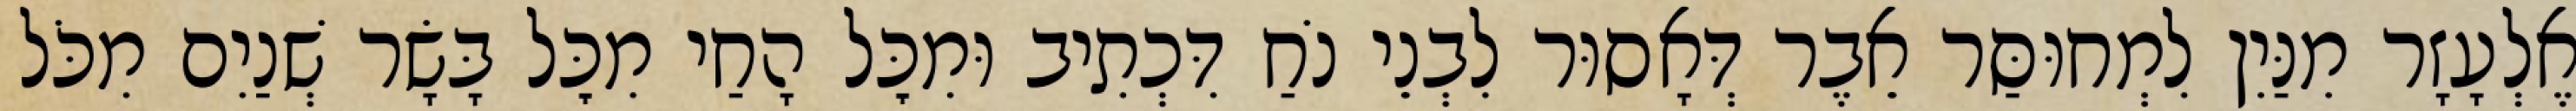
אֶלְעָזָר מִנַּיִן לִמְחוּסַּר אֵבֶר דְּאָסוּר לִבְנֵי נֹחַ דִּכְתִיב וּמִכׇּל הָחַי מִכׇּל בָּשָׂר שְׁנַיִם מִכֹּל